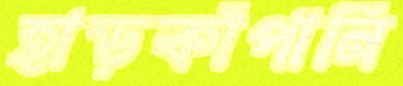
হাড়কাঁপানি